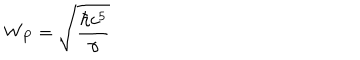
W _ { P } = \sqrt { \frac { \hbar c ^ { 5 } } { \gamma } }